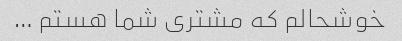
خوشحالم که مشتری شما هستم …